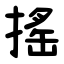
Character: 搖